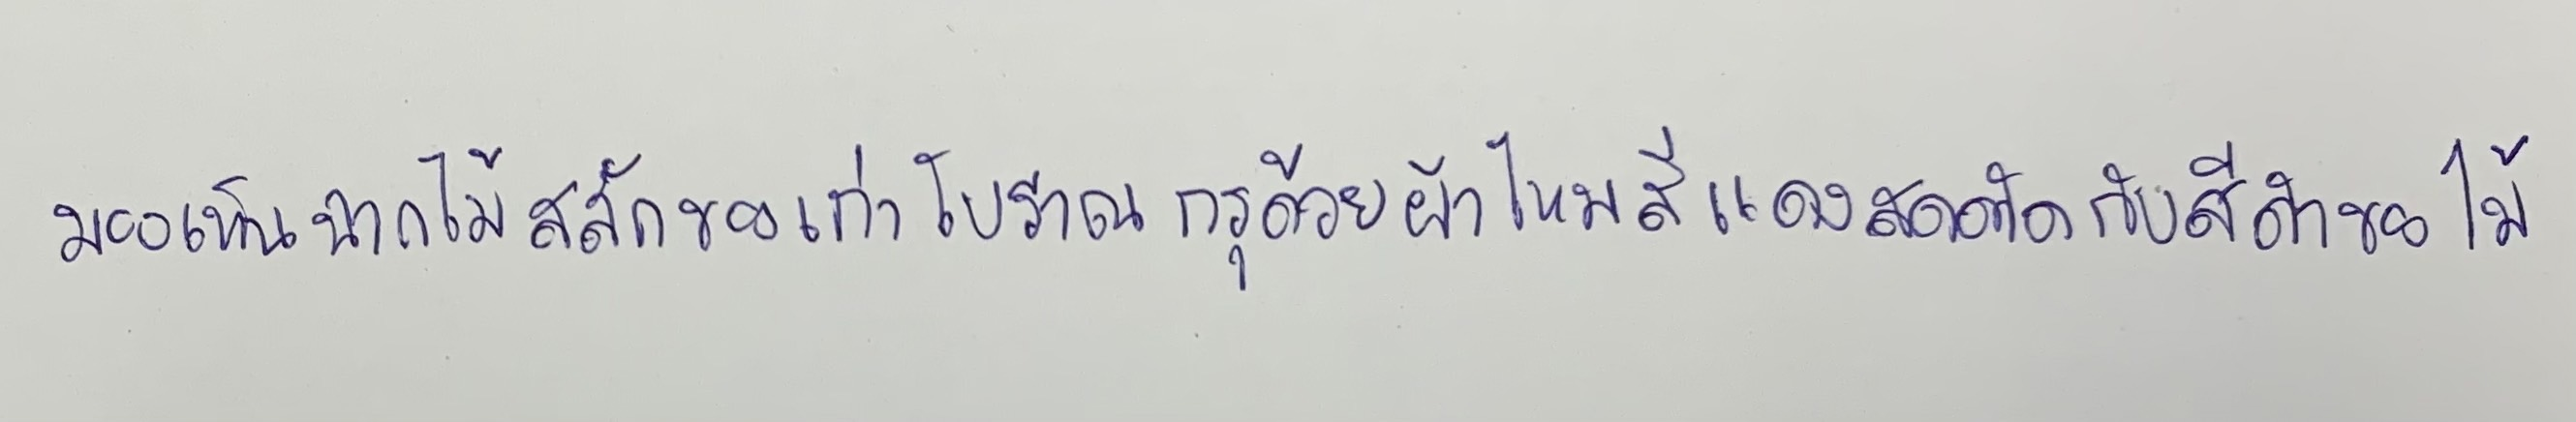
มองเห็นฉากไม้สลักของเก่าโบราณกรุด้วยผ้าไหมสีแดงสดตัดกับสีดำของไม้